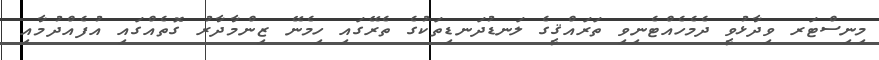
މިނިސްޓަރ ވިދާޅުވީ ދެމެހެއްޓެނިވި ތަރައްޤީގެ ލަނޑުދަނޑިތަކުގެ ތެރޭގައި ހިމެނޭ ޒިންމާދާރު ގޮތެއްގައި އުފެއްދުމާއި